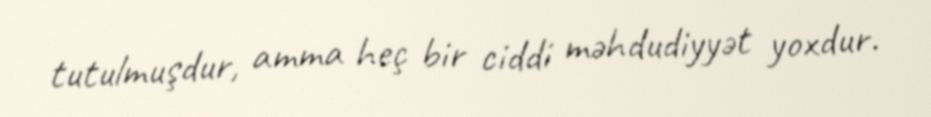
tutulmuşdur, amma heç bir ciddi məhdudiyyət yoxdur.